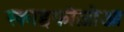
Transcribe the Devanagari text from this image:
स्काइफोज़ोआ